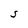
Character: S